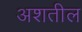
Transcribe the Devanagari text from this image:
अशतील